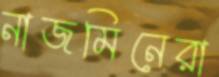
নাজমিনেরা